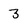
Character: 3